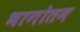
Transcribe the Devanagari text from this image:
भागोतम